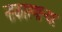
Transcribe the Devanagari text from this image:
नाकारणाऱ्या